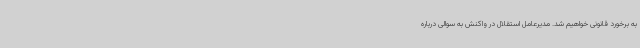
به برخورد قانونی خواهیم شد. مدیرعامل استقلال در واکنش به سوالی درباره